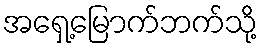
အရှေ့မြောက်ဘက်သို့